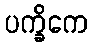
ပက္ခိကေ